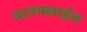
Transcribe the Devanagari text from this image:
बटरफ्लाईस